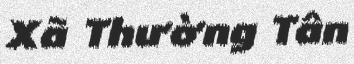
Xã Thường Tân